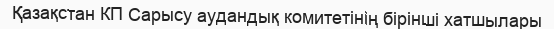
Қазақстан КП Сарысу аудандық комитетінің бірінші хатшылары